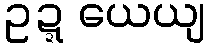
ဥဍ္ဍယေယျ